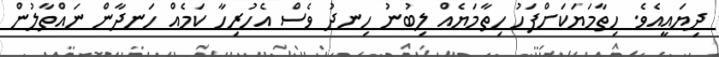
ދިޔައީއެވެ. ހިތާމަޔަކަށްފަހު ހިތާމަޔެއް ލިބުނު ހިނދު ވެސް އެހުރިހާ ކަމެއް ހަނދާން ނައްތާލުން